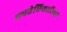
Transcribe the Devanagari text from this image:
प्रपत्तेधिकारिणों